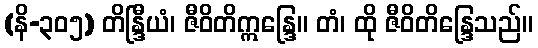
(နိ-၃၀၅) တိန္ဒြီယံ၊ ဇီဝိတိဣန္ဒြေ။ တံ၊ ထို ဇီဝိတိန္ဒြေသည်။